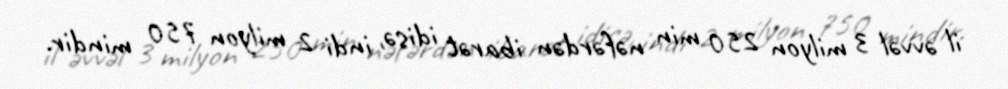
il əvvəl 3 milyon 250 min nəfərdən ibarət idisə, indi 2 milyon 750 mindir.